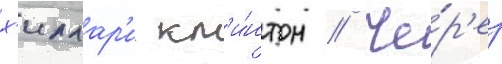
х'иллар'и кл'и́нтон // Че́р'ез